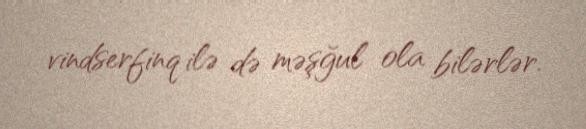
vindserfinq ilə də məşğul ola bilərlər.